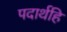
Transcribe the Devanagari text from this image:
पदार्थहि